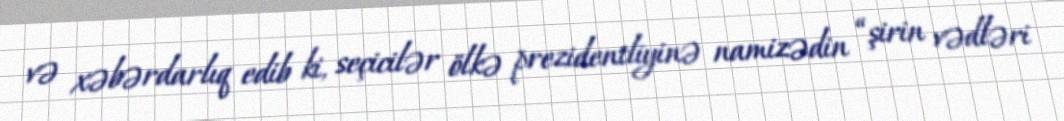
və xəbərdarlıq edib ki, seçicilər ölkə prezidentliyinə namizədin “şirin vədləri